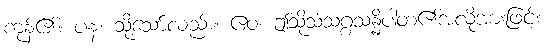
ကုန်၏။ ပန၊ သို့သော်လည်း။ ဧဝံ၊ ဤသို့သံသဂ္ဂသန္နိပါတ၏အလိုအားဖြင့်။